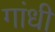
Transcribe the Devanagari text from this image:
गांंधी